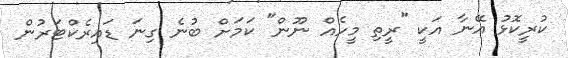
ކުރީކޮޅު އޭނާ އަކީ "ރީތި މީހެއް ނޫން" ކަމަށް ބުނެ ގިނަ ޑައިރެކްޓަރުން